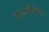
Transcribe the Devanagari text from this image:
पतंजलिंच्या